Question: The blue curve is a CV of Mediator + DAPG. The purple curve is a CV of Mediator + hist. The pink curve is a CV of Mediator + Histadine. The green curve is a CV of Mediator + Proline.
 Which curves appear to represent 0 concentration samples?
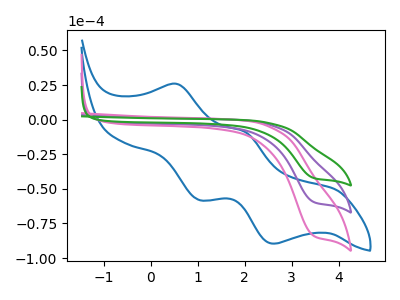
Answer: <think>The blue curve "Mediator + DAPG" has anodic peaks at (0.55V, 25.70uA) (2.00V, -8.90uA) and cathodic peaks at (1.05V, -58.05uA) (2.60V, -89.60uA). The purple curve "Mediator + hist" has a cathodic peak at: (3.45V, -59.35uA). The pink curve "Mediator + Histadine" has a cathodic peak at: (3.45V, -83.70uA). The green curve "Mediator + Proline" has a cathodic peak at: (3.45V, -118.70uA).</think>
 <answer>There are not any CV's on this graph that are likely to be blanks.</answer>
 <eval>none</eval>